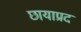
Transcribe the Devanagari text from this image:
छायाप्रद